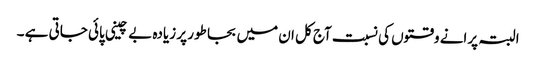
البتہ پرانے وقتوں کی نسبت آج کل ان میں بجا طور پر زیادہ بے چینی پائی جاتی ہے ۔